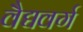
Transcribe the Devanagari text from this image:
वैद्यवर्ग